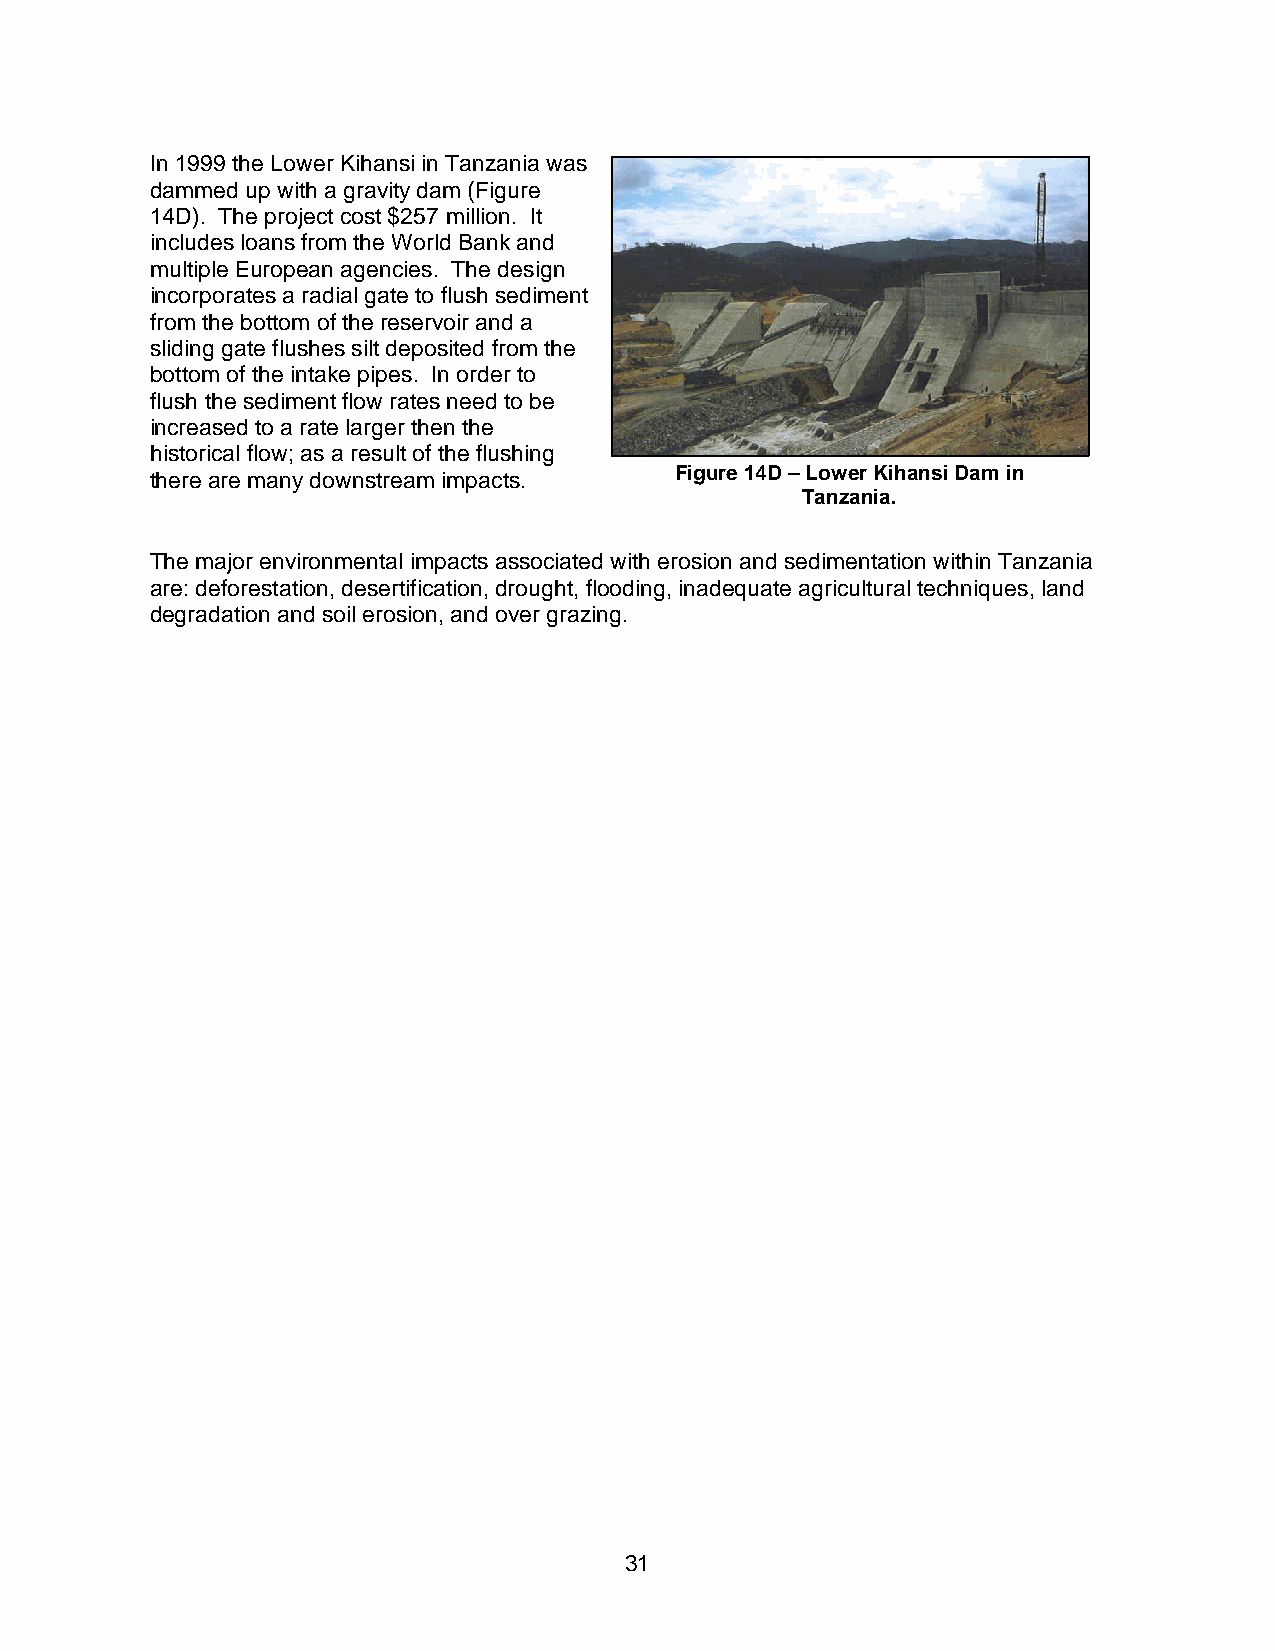
In 1999 the Lower Kihansi in Tanzania was
 dammed up with a gravity dam (Figure
 14D). The project cost $257 million. It
 includes loans from the World Bank and
 multiple European agencies. The design
 incorporates a radial gate to flush sediment
 from the bottom of the reservoir and a
 sliding gate flushes silt deposited from the
 bottom of the intake pipes. In order to
 flush the sediment flow rates need to be
 increased to a rate larger then the
 historical flow; as a result of the flushing
 there are many downstream impacts. Figure 14D – Lower Kihansi Dam in
 Tanzania.
 The major environmental impacts associated with erosion and sedimentation within Tanzania
 are: deforestation, desertification, drought, flooding, inadequate agricultural techniques, land
 degradation and soil erosion, and over grazing.
 31